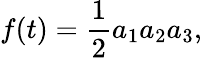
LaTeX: f(t)={\frac{1}{2}}a_{1}a_{2}a_{3},